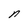
Character: n